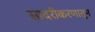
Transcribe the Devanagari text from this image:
सादरीकरणातून